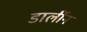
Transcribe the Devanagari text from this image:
डार्लीन